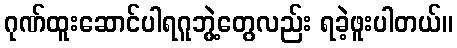
ဂုဏ်ထူးဆောင်ပါရဂူဘွဲ့တွေလည်း ရခဲ့ဖူးပါတယ်။